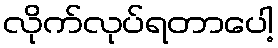
လိုက်လုပ်ရတာပေါ့